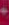
-